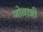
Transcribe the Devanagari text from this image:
जोवान्नी